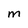
Character: M